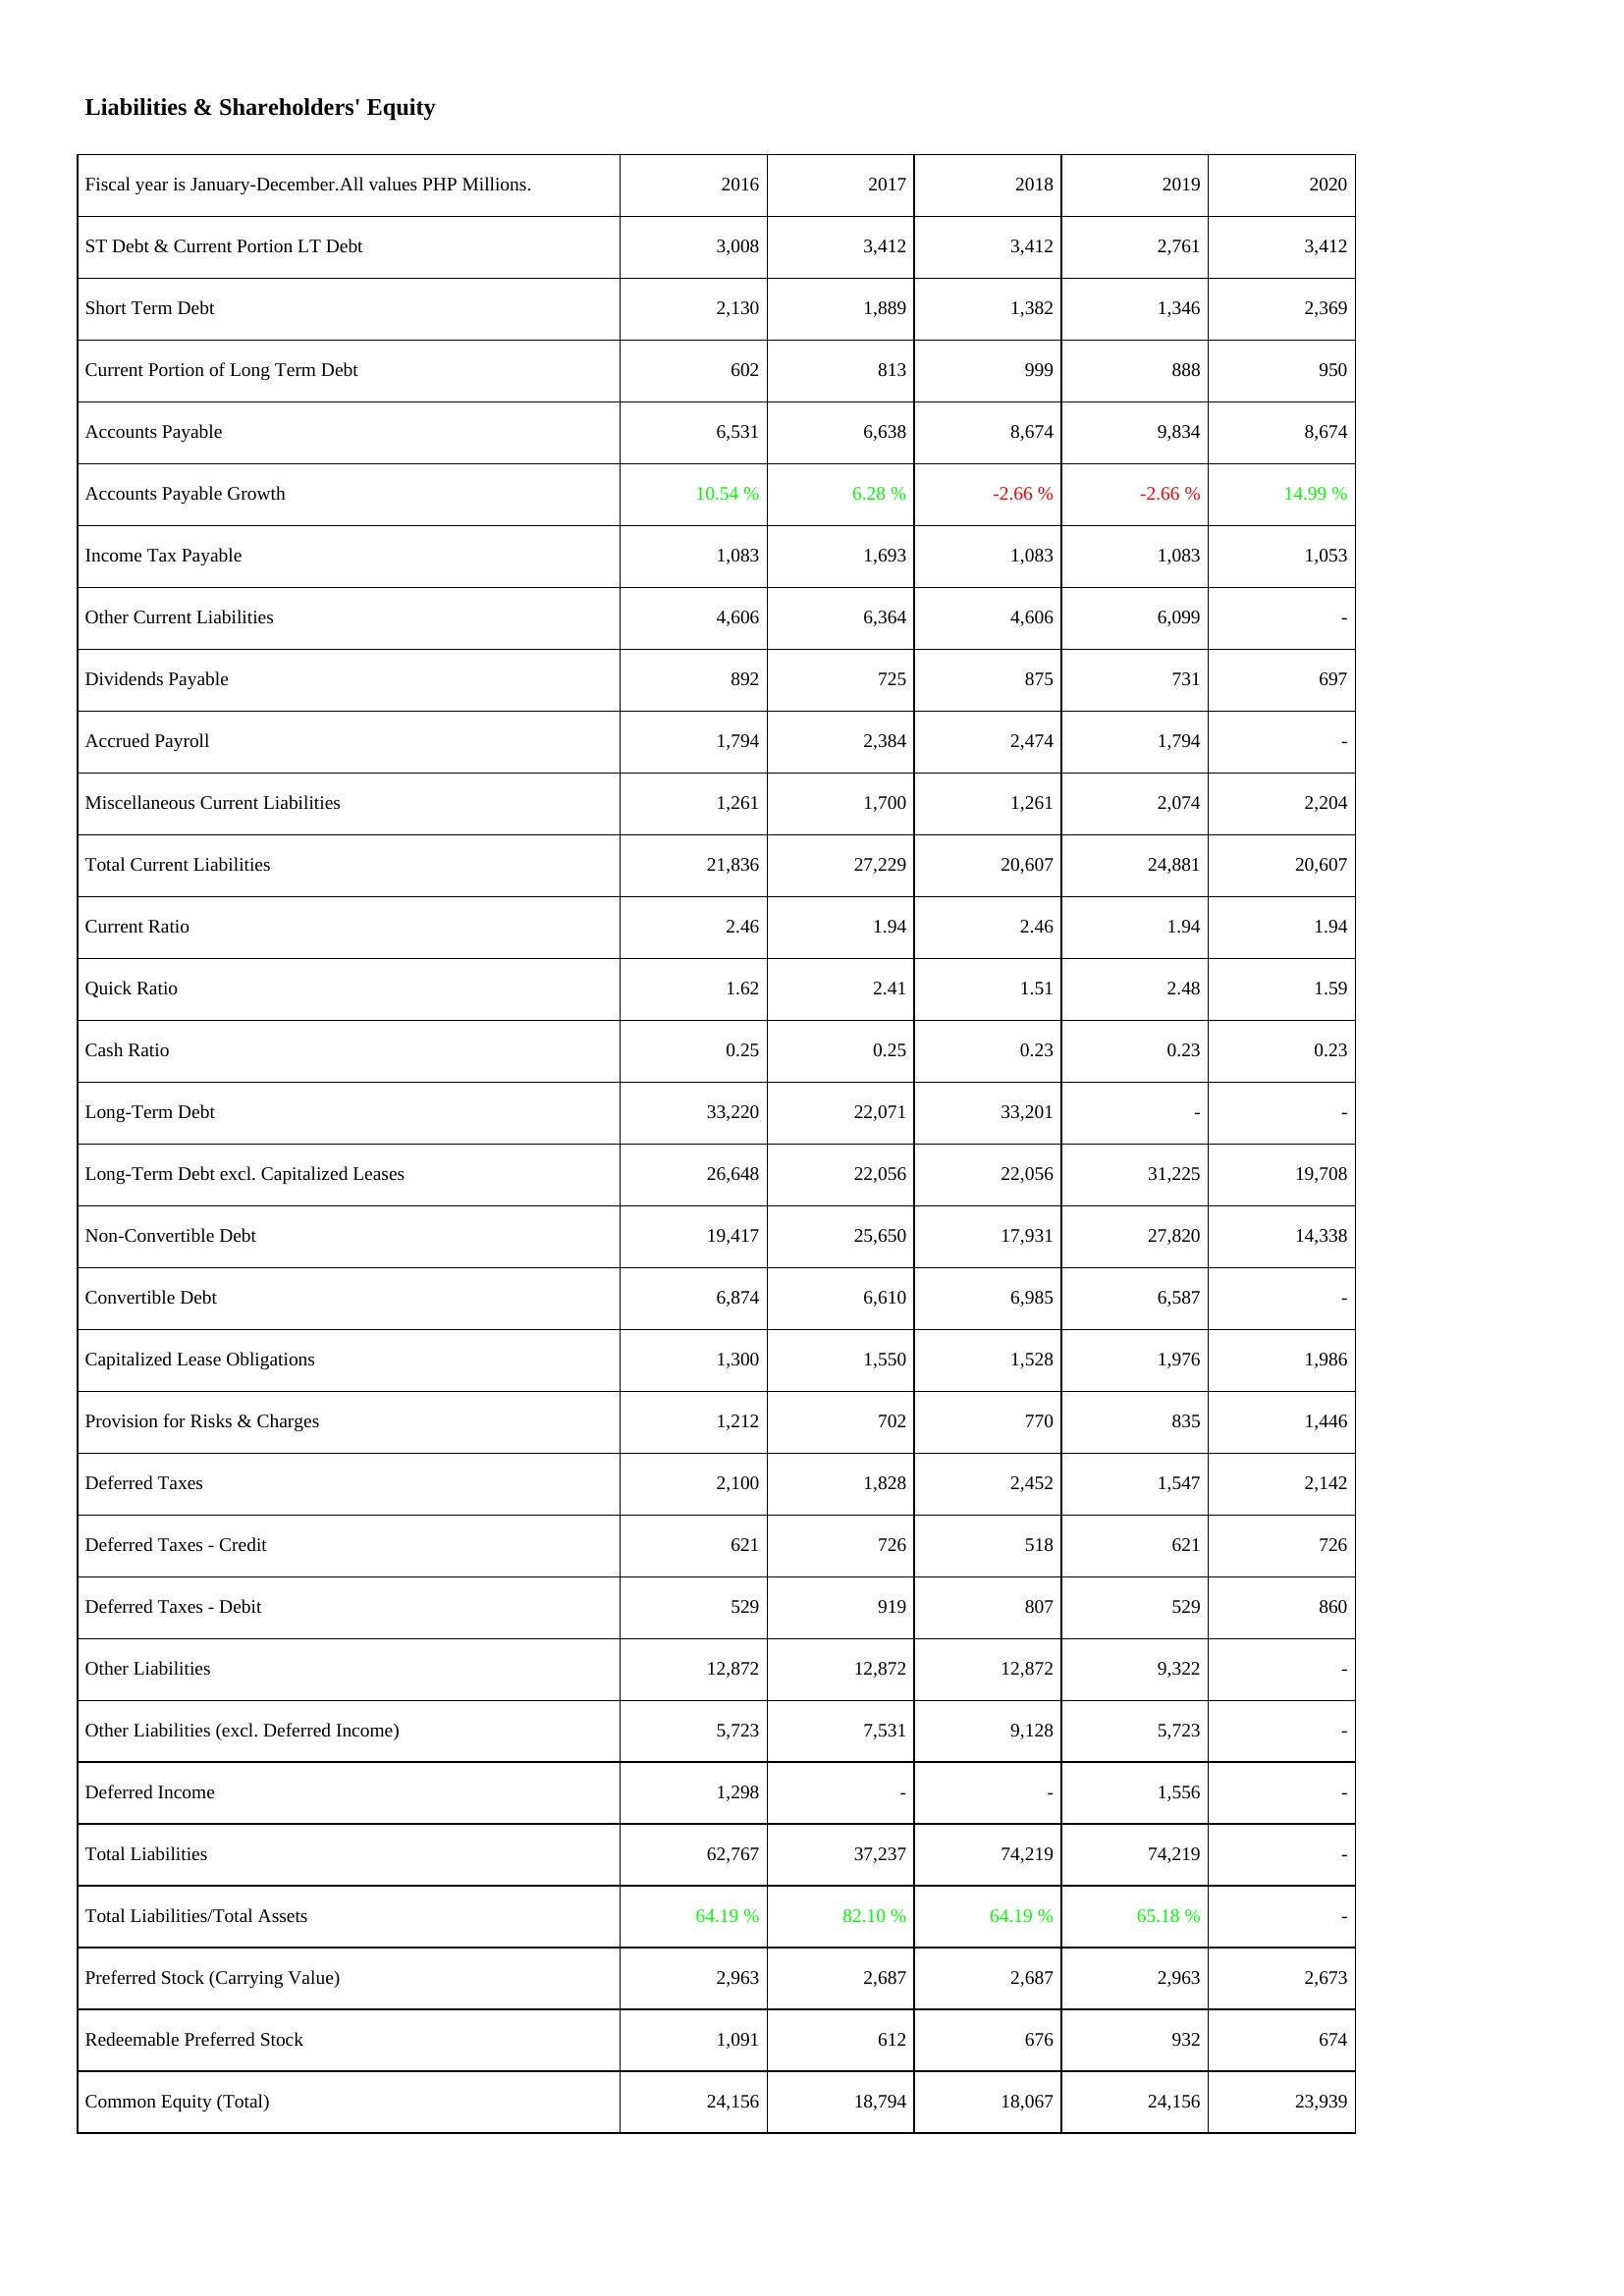
2016: Liabilities & Shareholders' Equity: ST Debt & Current Portion LT Debt: 3,008
Short Term Debt: 2,130
Current Portion of Long Term Debt: 602
Accounts Payable: 6,531
Accounts Payable Growth: 10.54 %
Income Tax Payable: 1,083
Other Current Liabilities: 4,606
Dividends Payable: 892
Accrued Payroll: 1,794
Miscellaneous Current Liabilities: 1,261
Total Current Liabilities: 21,836
Current Ratio: 2.46
Quick Ratio: 1.62
Cash Ratio: 0.25
Long-Term Debt: 33,220
Long-Term Debt excl. Capitalized Leases: 26,648
Non-Convertible Debt: 19,417
Convertible Debt: 6,874
Capitalized Lease Obligations: 1,300
Provision for Risks & Charges: 1,212
Deferred Taxes: 2,100
Deferred Taxes - Credit: 621
Deferred Taxes - Debit: 529
Other Liabilities: 12,872
Other Liabilities (excl. Deferred Income): 5,723
Deferred Income: 1,298
Total Liabilities: 62,767
Total Liabilities/Total Assets: 64.19 %
Preferred Stock (Carrying Value): 2,963
Redeemable Preferred Stock: 1,091
Common Equity (Total): 24,156
2017: Liabilities & Shareholders' Equity: ST Debt & Current Portion LT Debt: 3,412
Short Term Debt: 1,889
Current Portion of Long Term Debt: 813
Accounts Payable: 6,638
Accounts Payable Growth: 6.28 %
Income Tax Payable: 1,693
Other Current Liabilities: 6,364
Dividends Payable: 725
Accrued Payroll: 2,384
Miscellaneous Current Liabilities: 1,700
Total Current Liabilities: 27,229
Current Ratio: 1.94
Quick Ratio: 2.41
Cash Ratio: 0.25
Long-Term Debt: 22,071
Long-Term Debt excl. Capitalized Leases: 22,056
Non-Convertible Debt: 25,650
Convertible Debt: 6,610
Capitalized Lease Obligations: 1,550
Provision for Risks & Charges: 702
Deferred Taxes: 1,828
Deferred Taxes - Credit: 726
Deferred Taxes - Debit: 919
Other Liabilities: 12,872
Other Liabilities (excl. Deferred Income): 7,531
Deferred Income: -
Total Liabilities: 37,237
Total Liabilities/Total Assets: 82.10 %
Preferred Stock (Carrying Value): 2,687
Redeemable Preferred Stock: 612
Common Equity (Total): 18,794
2018: Liabilities & Shareholders' Equity: ST Debt & Current Portion LT Debt: 3,412
Short Term Debt: 1,382
Current Portion of Long Term Debt: 999
Accounts Payable: 8,674
Accounts Payable Growth: -2.66 %
Income Tax Payable: 1,083
Other Current Liabilities: 4,606
Dividends Payable: 875
Accrued Payroll: 2,474
Miscellaneous Current Liabilities: 1,261
Total Current Liabilities: 20,607
Current Ratio: 2.46
Quick Ratio: 1.51
Cash Ratio: 0.23
Long-Term Debt: 33,201
Long-Term Debt excl. Capitalized Leases: 22,056
Non-Convertible Debt: 17,931
Convertible Debt: 6,985
Capitalized Lease Obligations: 1,528
Provision for Risks & Charges: 770
Deferred Taxes: 2,452
Deferred Taxes - Credit: 518
Deferred Taxes - Debit: 807
Other Liabilities: 12,872
Other Liabilities (excl. Deferred Income): 9,128
Deferred Income: -
Total Liabilities: 74,219
Total Liabilities/Total Assets: 64.19 %
Preferred Stock (Carrying Value): 2,687
Redeemable Preferred Stock: 676
Common Equity (Total): 18,067
2019: Liabilities & Shareholders' Equity: ST Debt & Current Portion LT Debt: 2,761
Short Term Debt: 1,346
Current Portion of Long Term Debt: 888
Accounts Payable: 9,834
Accounts Payable Growth: -2.66 %
Income Tax Payable: 1,083
Other Current Liabilities: 6,099
Dividends Payable: 731
Accrued Payroll: 1,794
Miscellaneous Current Liabilities: 2,074
Total Current Liabilities: 24,881
Current Ratio: 1.94
Quick Ratio: 2.48
Cash Ratio: 0.23
Long-Term Debt: -
Long-Term Debt excl. Capitalized Leases: 31,225
Non-Convertible Debt: 27,820
Convertible Debt: 6,587
Capitalized Lease Obligations: 1,976
Provision for Risks & Charges: 835
Deferred Taxes: 1,547
Deferred Taxes - Credit: 621
Deferred Taxes - Debit: 529
Other Liabilities: 9,322
Other Liabilities (excl. Deferred Income): 5,723
Deferred Income: 1,556
Total Liabilities: 74,219
Total Liabilities/Total Assets: 65.18 %
Preferred Stock (Carrying Value): 2,963
Redeemable Preferred Stock: 932
Common Equity (Total): 24,156
2020: Liabilities & Shareholders' Equity: ST Debt & Current Portion LT Debt: 3,412
Short Term Debt: 2,369
Current Portion of Long Term Debt: 950
Accounts Payable: 8,674
Accounts Payable Growth: 14.99 %
Income Tax Payable: 1,053
Other Current Liabilities: -
Dividends Payable: 697
Accrued Payroll: -
Miscellaneous Current Liabilities: 2,204
Total Current Liabilities: 20,607
Current Ratio: 1.94
Quick Ratio: 1.59
Cash Ratio: 0.23
Long-Term Debt: -
Long-Term Debt excl. Capitalized Leases: 19,708
Non-Convertible Debt: 14,338
Convertible Debt: -
Capitalized Lease Obligations: 1,986
Provision for Risks & Charges: 1,446
Deferred Taxes: 2,142
Deferred Taxes - Credit: 726
Deferred Taxes - Debit: 860
Other Liabilities: -
Other Liabilities (excl. Deferred Income): -
Deferred Income: -
Total Liabilities: -
Total Liabilities/Total Assets: -
Preferred Stock (Carrying Value): 2,673
Redeemable Preferred Stock: 674
Common Equity (Total): 23,939